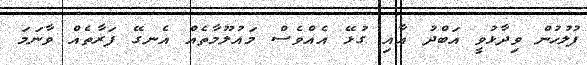
ފުލުހުން ވިދާޅުވީ އަބްދު އާއި ގުޅޭ އެއްވެސް މައުލޫމާތެއް އެނގޭ ފަރާތެއް ވާނަމަ